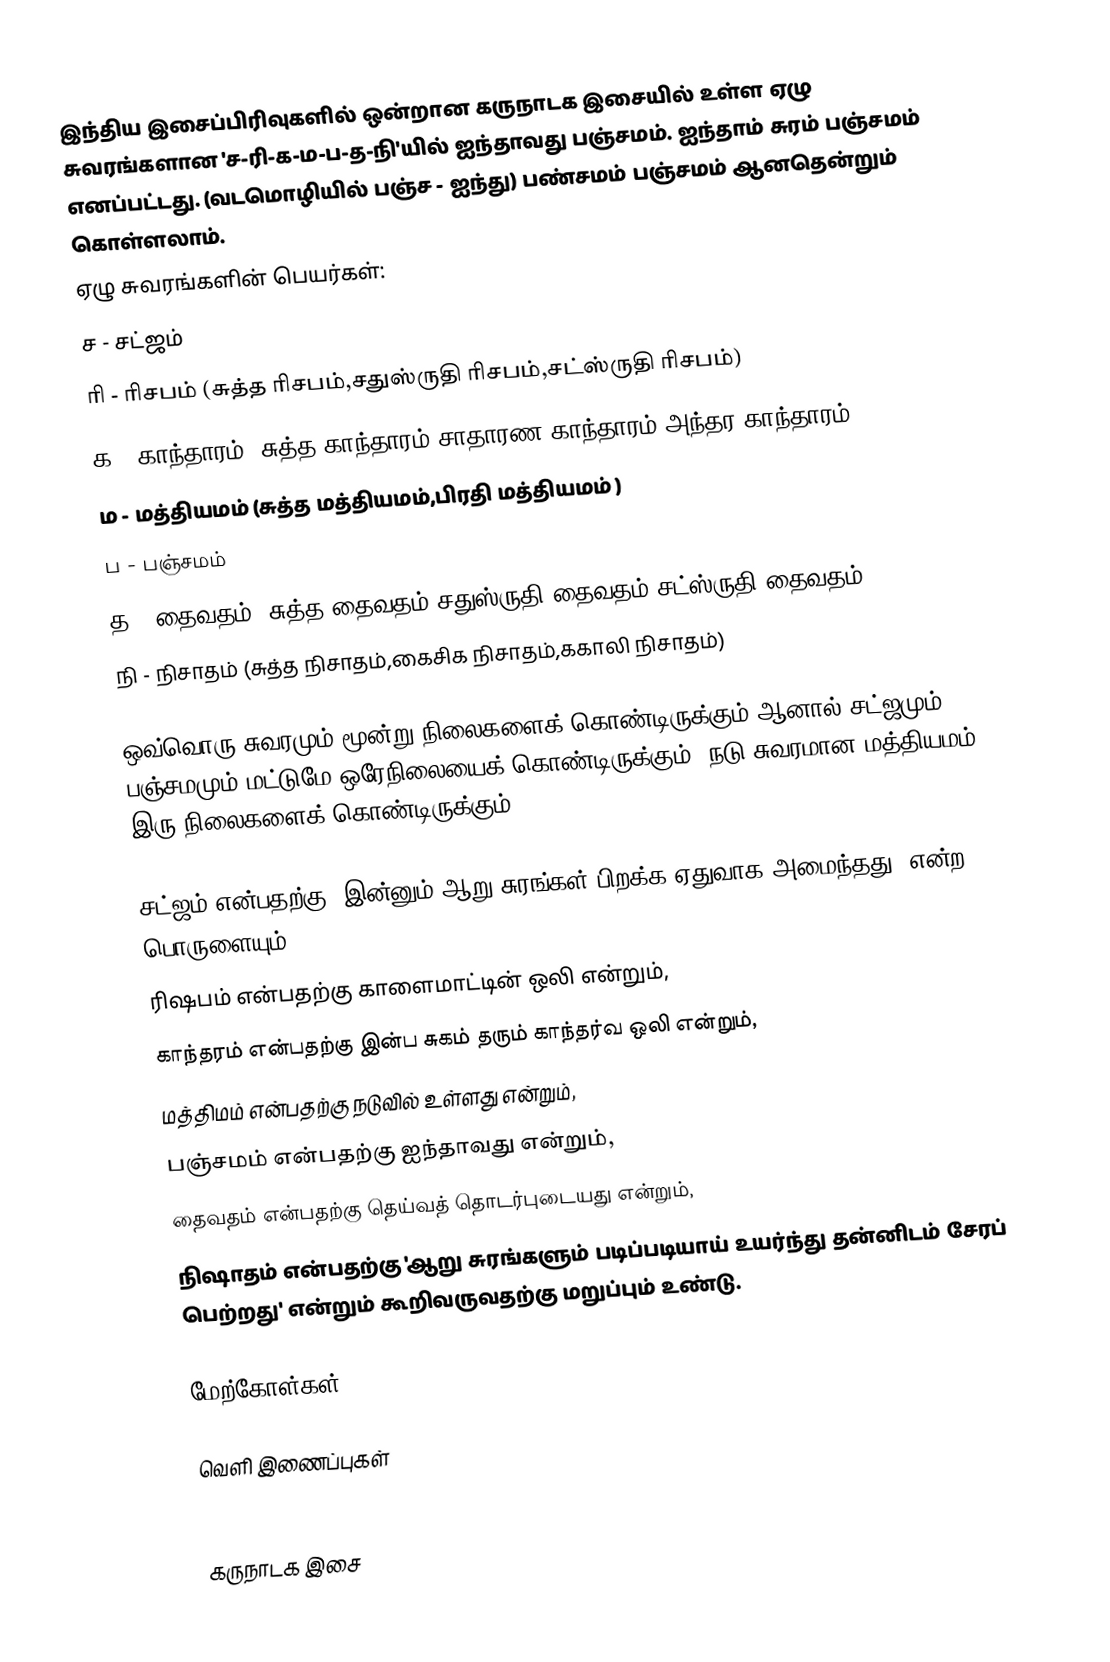
இந்திய இசைப்பிரிவுகளில் ஒன்றான கருநாடக இசையில் உள்ள ஏழு சுவரங்களான 'ச-ரி-க-ம-ப-த-நி'யில் ஐந்தாவது பஞ்சமம். ஐந்தாம் சுரம் பஞ்சமம் எனப்பட்டது. (வடமொழியில் பஞ்ச - ஐந்து) பண்சமம் பஞ்சமம் ஆனதென்றும் கொள்ளலாம்.
ஏழு சுவரங்களின் பெயர்கள்:
 ச - சட்ஜம்
 ரி - ரிசபம் (சுத்த ரிசபம்,சதுஸ்ருதி ரிசபம்,சட்ஸ்ருதி ரிசபம்)
 க - காந்தாரம் (சுத்த காந்தாரம்,சாதாரண காந்தாரம்,அந்தர காந்தாரம்)
 ம - மத்தியமம் (சுத்த மத்தியமம்,பிரதி மத்தியமம் )
 ப - பஞ்சமம்
 த - தைவதம் (சுத்த தைவதம்,சதுஸ்ருதி தைவதம்,சட்ஸ்ருதி தைவதம்)
 நி - நிசாதம் (சுத்த நிசாதம்,கைசிக நிசாதம்,ககாலி நிசாதம்)

ஒவ்வொரு சுவரமும் மூன்று நிலைகளைக் கொண்டிருக்கும்.ஆனால் சட்ஜமும் பஞ்சமமும் மட்டுமே ஒரேநிலையைக் கொண்டிருக்கும். நடு சுவரமான மத்தியமம் இரு நிலைகளைக் கொண்டிருக்கும்.

சட்ஜம் என்பதற்கு 'இன்னும் ஆறு சுரங்கள் பிறக்க ஏதுவாக அமைந்தது' என்ற பொருளையும்,
ரிஷபம் என்பதற்கு காளைமாட்டின் ஒலி என்றும்,
காந்தரம் என்பதற்கு இன்ப சுகம் தரும் காந்தர்வ ஒலி என்றும்,
மத்திமம் என்பதற்கு நடுவில் உள்ளது என்றும்,
பஞ்சமம் என்பதற்கு ஐந்தாவது என்றும்,
தைவதம் என்பதற்கு தெய்வத் தொடர்புடையது என்றும்,
நிஷாதம் என்பதற்கு 'ஆறு சுரங்களும் படிப்படியாய் உயர்ந்து தன்னிடம் சேரப் பெற்றது' என்றும் கூறிவருவதற்கு மறுப்பும் உண்டு.

மேற்கோள்கள்

வெளி இணைப்புகள்
 carnaticmusic.esmartmusic.com

கருநாடக இசை